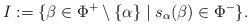
LaTeX: \begin{align*}I := \{\beta\in \Phi^+\setminus\{\alpha\}\mid s_\alpha(\beta)\in \Phi^-\}.\end{align*}